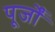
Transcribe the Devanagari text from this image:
पूर्जों